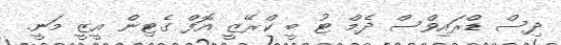
ދިސް ޑްރައިވްސް ދެމް ޓު ބީ ކްރޭޒީ އޮފް ގެޓިން އީޒީ މަނީ.